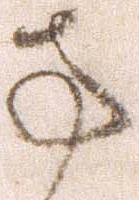
方